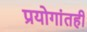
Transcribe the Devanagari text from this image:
प्रयोगांतही